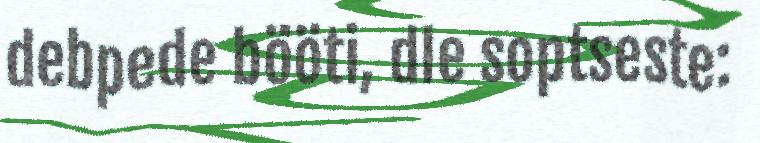
debpede bööti, dle soptseste: